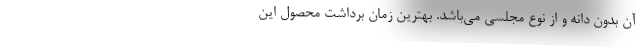
آن بدون دانه و از نوع مجلسی می‌باشد. بهترین زمان برداشت محصول این